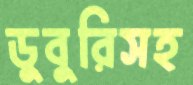
ডুবুরিসহ